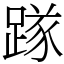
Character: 䠔